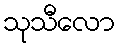
သုသီလော